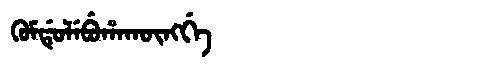
Manchu: ᡴᡠᠮᡩᡠᠯᡝᠪᡠᡥᠠᡴᡡᠩᡤᡝ
Romanization: KUMDULEBUHAKŪNGGE